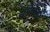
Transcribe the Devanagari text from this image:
संमेलनचे